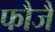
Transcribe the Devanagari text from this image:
फौजैं